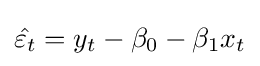
{\hat {\varepsilon _{t}}}=y_{t}-\beta _{0}-\beta _{1}x_{t}